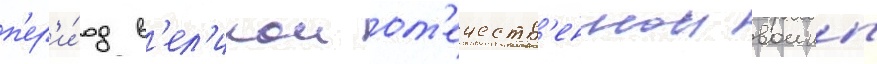
п'ер'и́од в'ел'икои от'ечеств'еннои воины